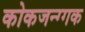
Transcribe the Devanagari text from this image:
कोकजन्ग्गक